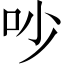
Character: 吵